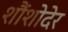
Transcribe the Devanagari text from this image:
शौंशोदेर